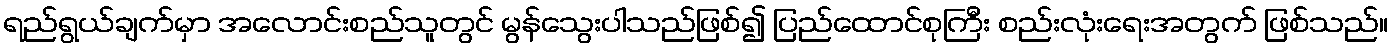
ရည်ရွယ်ချက်မှာ အလောင်းစည်သူတွင် မွန်သွေးပါသည်ဖြစ်၍ ပြည်ထောင်စုကြီး စည်းလုံးရေးအတွက် ဖြစ်သည်။